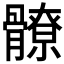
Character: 𩪚